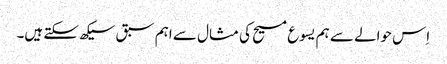
‏ اِس حوالے سے ہم یسوع مسیح کی مثال سے اہم سبق سیکھ سکتے ہیں۔